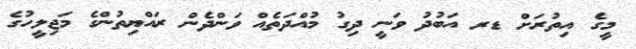
މީގެ އިތުރަށް ޑރ އަބުދު ވަނީ ދިގު މުއްދަތެއް ވަންދެން ރައްޔިތުންގެ މަޖިލީހުގެ